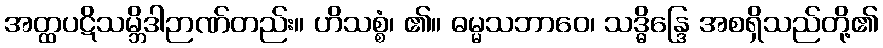
အတ္ထပဋိသမ္ဘိဒါဉာဏ်တည်း။ ဟိသစ္စံ၊ ၏။ ဓမ္မသဘာဝေ၊ သဒ္ဓိန္ဒြေ အစရှိသည်တို့၏